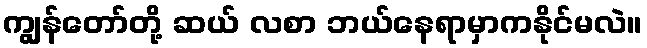
ကျွန်တော်တို့ ဆယ် လစာ ဘယ်နေရာမှာကနိုင်မလဲ။